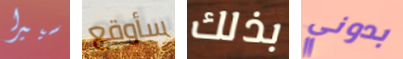
سييرا سأوقع بذلك بدوني